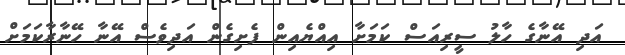
އަދި އޭނާގެ ހާލު ސީރިއަސް ކަމަށާ އިއްޔެއިން ފެށިގެން އަދިވެސް އޭނާ ހޭނާރާކަމަށް